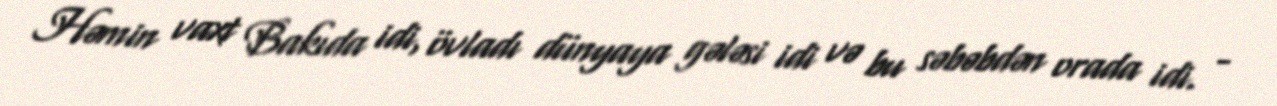
Həmin vaxt Bakıda idi, övladı dünyaya gələsi idi və bu səbəbdən orada idi. -